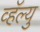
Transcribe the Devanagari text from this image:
व्हॅल्यु